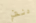
دنفر